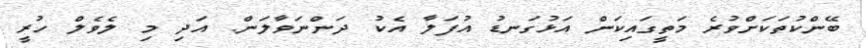
ބޭންކުތަކަށްވުރެ މަތީގައިކަން އަޅުގަނޑު އުފަލާ އެކު ދަންނަވާލަން. އަދި މި ލެވެލް ހުރީ